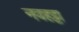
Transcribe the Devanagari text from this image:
नवहट्टा